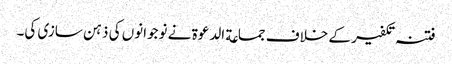
فتنہ تکفیر کے خلاف جماعة الدعوة نے نوجوانوں کی ذہن سازی کی۔